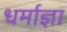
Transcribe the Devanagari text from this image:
धर्माज्ञा